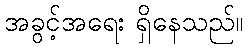
အခွင့်အရေး ရှိနေသည်။